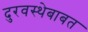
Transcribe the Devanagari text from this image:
दुरवस्थेबाबत